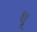
થૂ